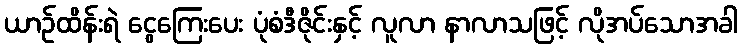
ယာဉ်ထိန်းရဲ ငွေကြေးပေး ပုံစံဒီဇိုင်းနှင့် လူလာ နာလာသဖြင့် လိုအပ်သောအခါ